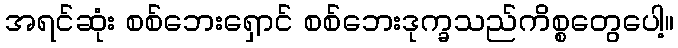
အရင်ဆုံး စစ်ဘေးရှောင် စစ်ဘေးဒုက္ခသည်ကိစ္စတွေပေါ့။